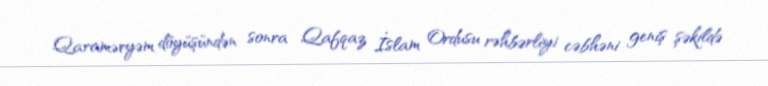
Qaraməryəm döyüşündən sonra Qafqaz İslam Ordusu rəhbərliyi cəbhəni geniş şəkildə